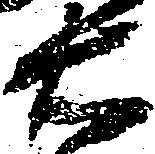
右